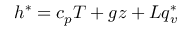
h ^ { * } = c _ { p } T + g z + L q _ { v } ^ { * }